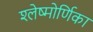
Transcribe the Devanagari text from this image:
श्लेष्मोर्णिका